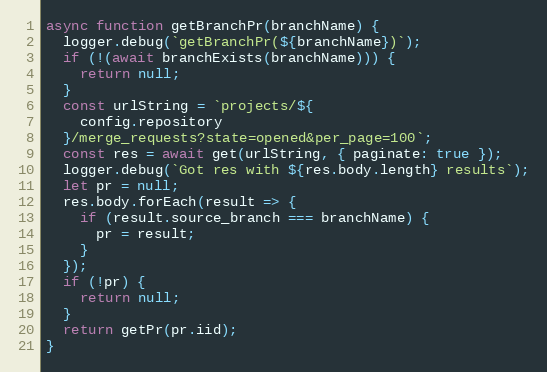
Language: JavaScript
async function getBranchPr(branchName) {
  logger.debug(`getBranchPr(${branchName})`);
  if (!(await branchExists(branchName))) {
    return null;
  }
  const urlString = `projects/${
    config.repository
  }/merge_requests?state=opened&per_page=100`;
  const res = await get(urlString, { paginate: true });
  logger.debug(`Got res with ${res.body.length} results`);
  let pr = null;
  res.body.forEach(result => {
    if (result.source_branch === branchName) {
      pr = result;
    }
  });
  if (!pr) {
    return null;
  }
  return getPr(pr.iid);
}